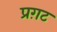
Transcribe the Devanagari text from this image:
प्रग़ट